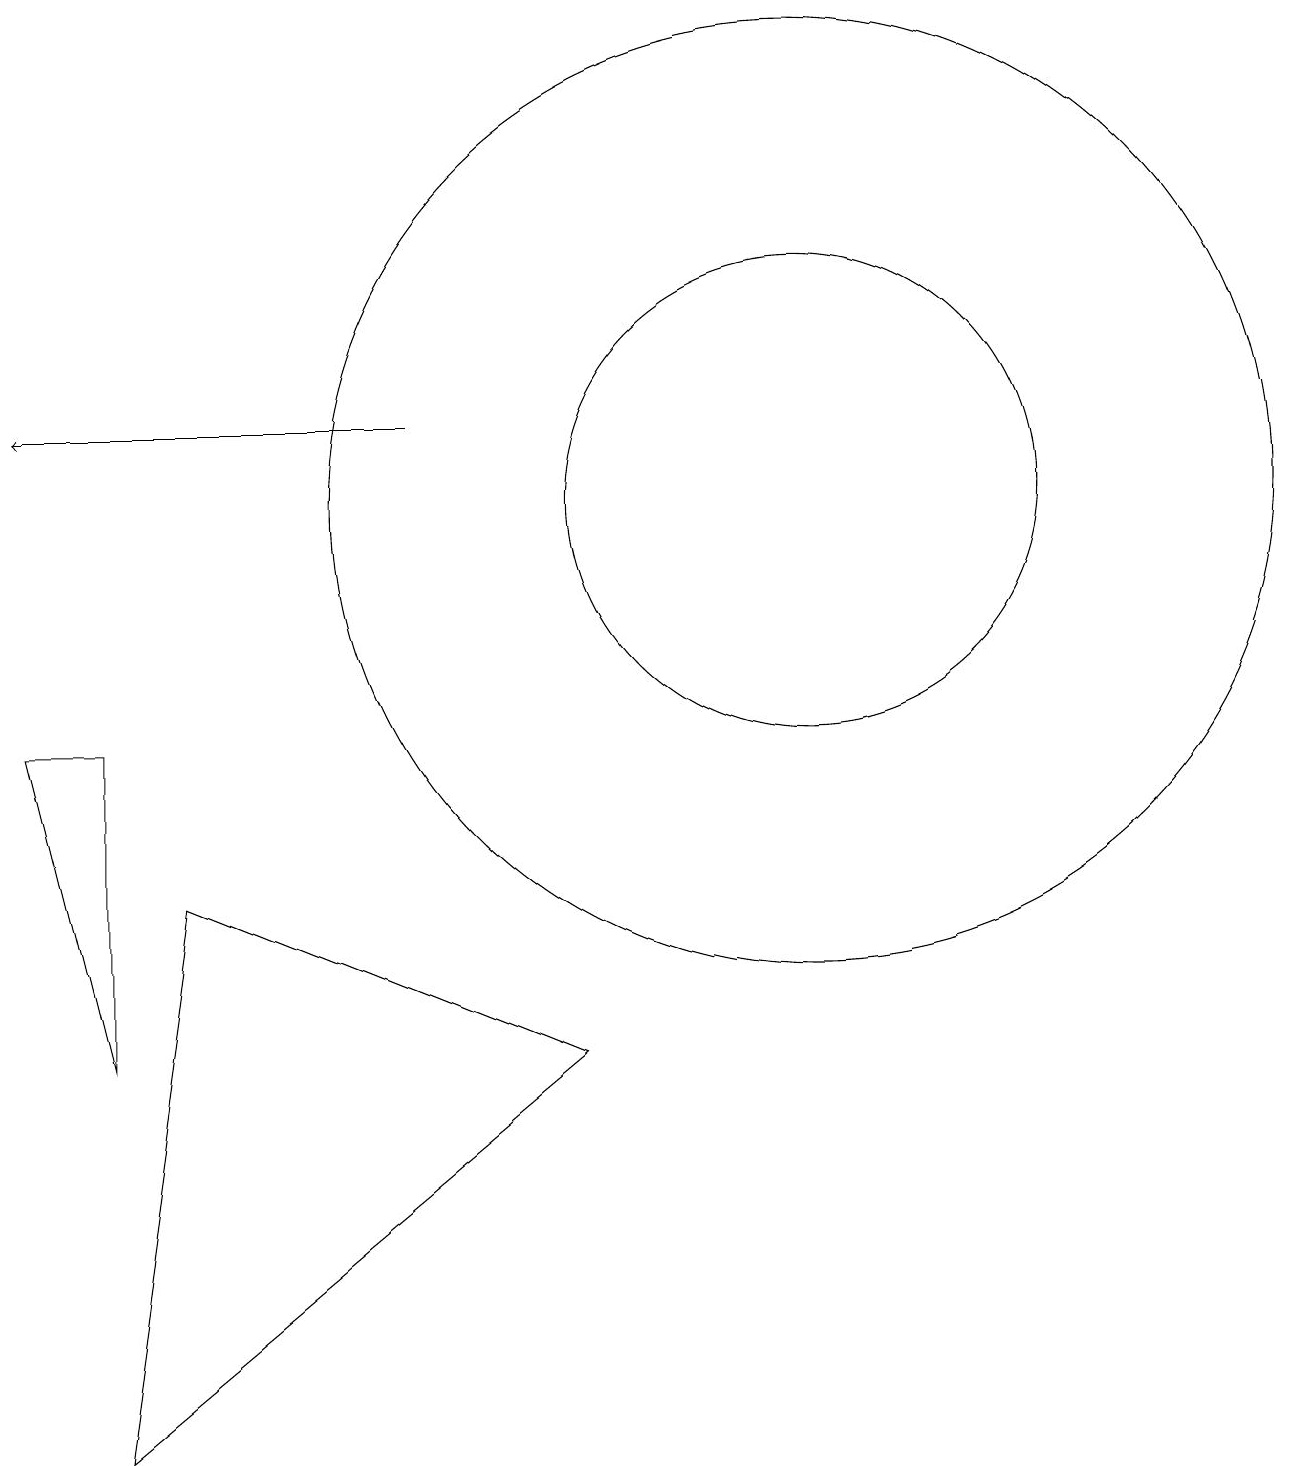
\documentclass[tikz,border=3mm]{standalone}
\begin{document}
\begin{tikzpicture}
\draw (11,12) circle (3);
\draw[->] (6,13) -- (1,13);
\draw (11,12) circle (6);
\draw (8,5) -- (2,0) -- (3,7) -- cycle;
\draw (2,9) -- (2,5) -- (1,9) -- cycle;
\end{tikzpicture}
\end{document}